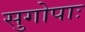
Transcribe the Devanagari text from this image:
सुगोपाः